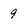
Character: 9